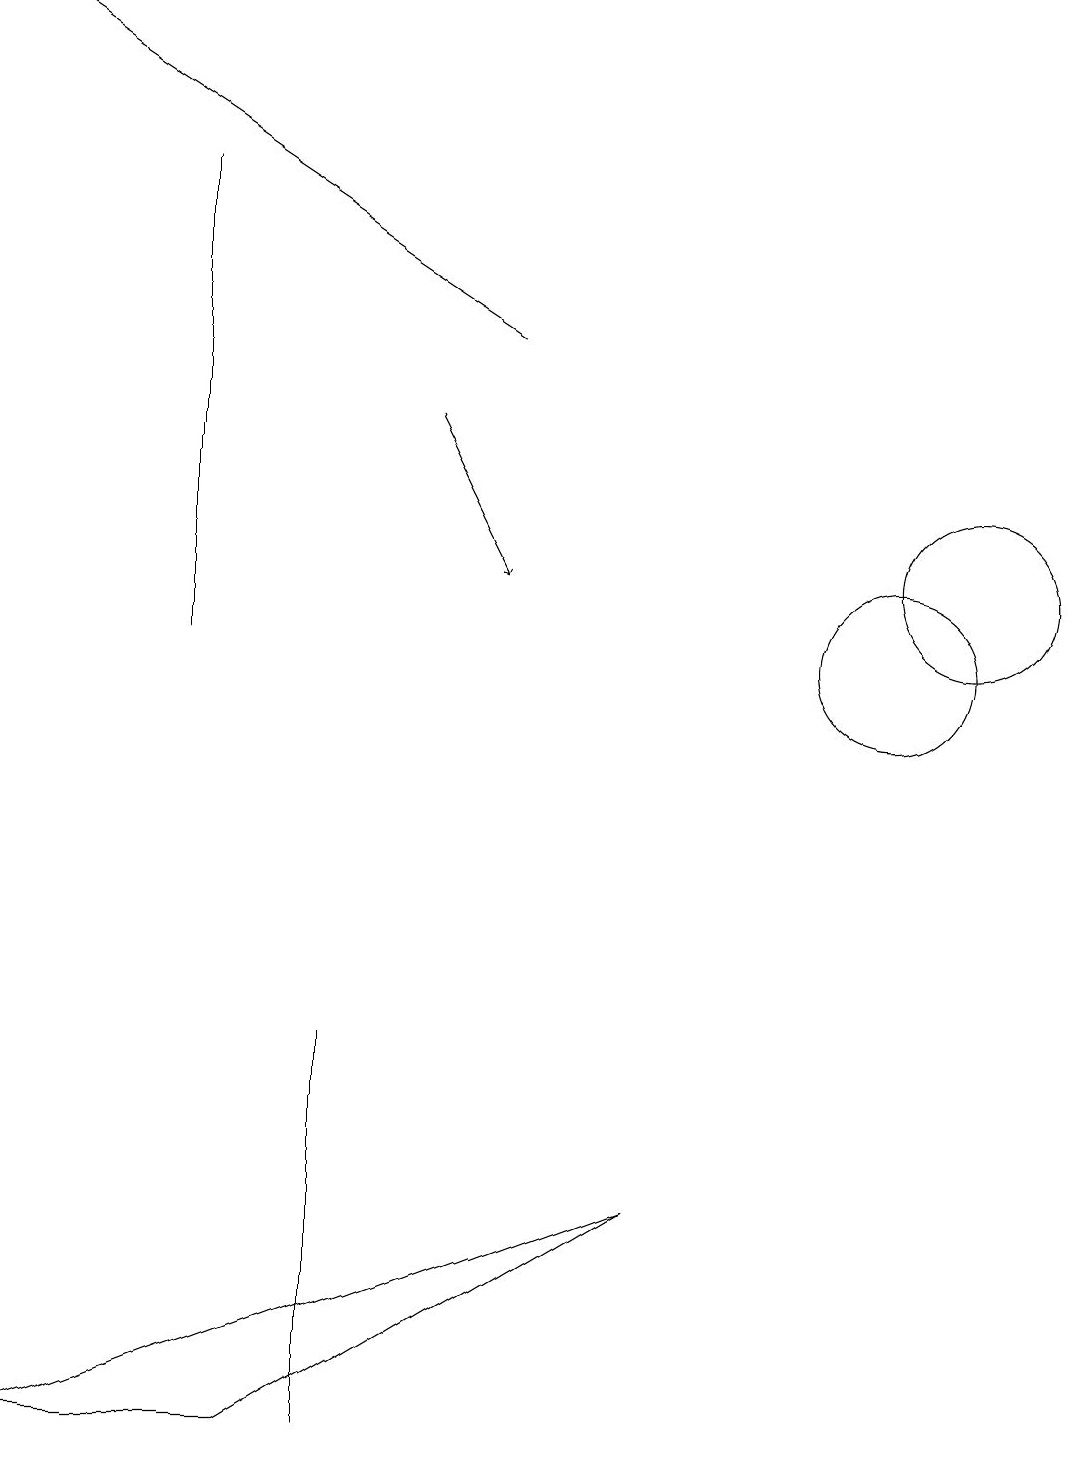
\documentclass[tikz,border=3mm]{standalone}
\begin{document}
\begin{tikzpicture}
\draw (4,0) -- (4,5) -- (4,5) -- cycle;
\draw (10,11) circle (0);
\draw (8,3) -- (3,0) -- (0,0) -- cycle;
\draw[->] (5,13) -- (6,11);
\draw (12,11) circle (1);
\draw (2,10) rectangle (2,16);
\draw[->] (6,14) -- (0,18);
\draw (11,10) circle (1);
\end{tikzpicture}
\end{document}